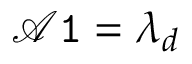
\mathcal { A } \mathtt { 1 } = \lambda _ { d }